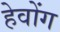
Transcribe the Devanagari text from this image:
हेवोंग